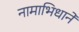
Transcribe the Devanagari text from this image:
नामाभिधाने